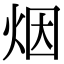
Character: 烟